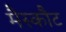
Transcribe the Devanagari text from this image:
मैस्कौट